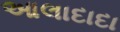
આલાદાદા